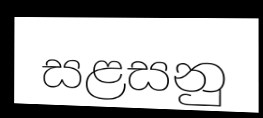
සළසනු